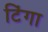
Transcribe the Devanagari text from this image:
टिंगा